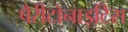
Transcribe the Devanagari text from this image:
पैरीटोनाइटिस